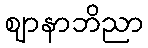
ဈာနာဘိညာ